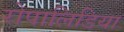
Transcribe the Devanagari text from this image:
रोपालिडिया